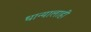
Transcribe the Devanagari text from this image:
धान्यालाही